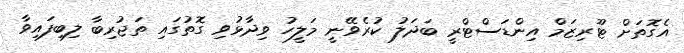
އެގޮތަށް ޓޫރިޒަމް އިންޑަސްޓްރީ ބަދަލު ކުރެވޭނީ މަލީހު ވިދާޅުވި ގޮތުގައި ތަޖުރިބާ ލިބިފައިވާ